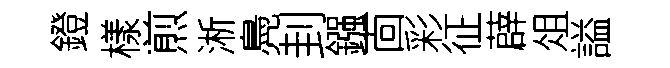
鐙樣煎淅鳧刲鏹靣彩征薜俎謚